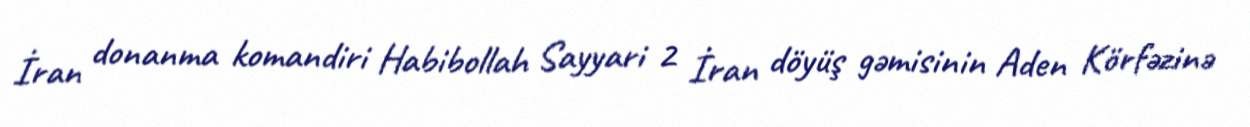
İran donanma komandiri Habibollah Sayyari 2 İran döyüş gəmisinin Aden Körfəzinə